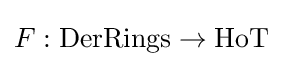
F:{\text{DerRings}}\to {\text{HoT}}